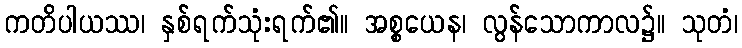
ကတိပါယဿ၊ နှစ်ရက်သုံးရက်၏။ အစ္စယေန၊ လွန်သောကာလ၌။ သုတံ၊